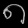
Digit: ၈